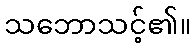
သဘောသင့်၏။